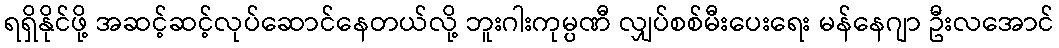
ရရှိနိုင်ဖို့ အဆင့်ဆင့်လုပ်ဆောင်နေတယ်လို့ ဘူးဂါးကုမ္ပဏီ လျှပ်စစ်မီးပေးရေး မန်နေဂျာ ဦးလအောင်